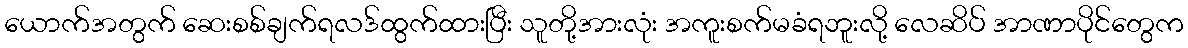
ယောက်အတွက် ဆေးစစ်ချက်ရလဒ်ထွက်ထားပြီး သူတို့အားလုံး အကူးစက်မခံရဘူးလို့ လေဆိပ် အာဏာပိုင်တွေက